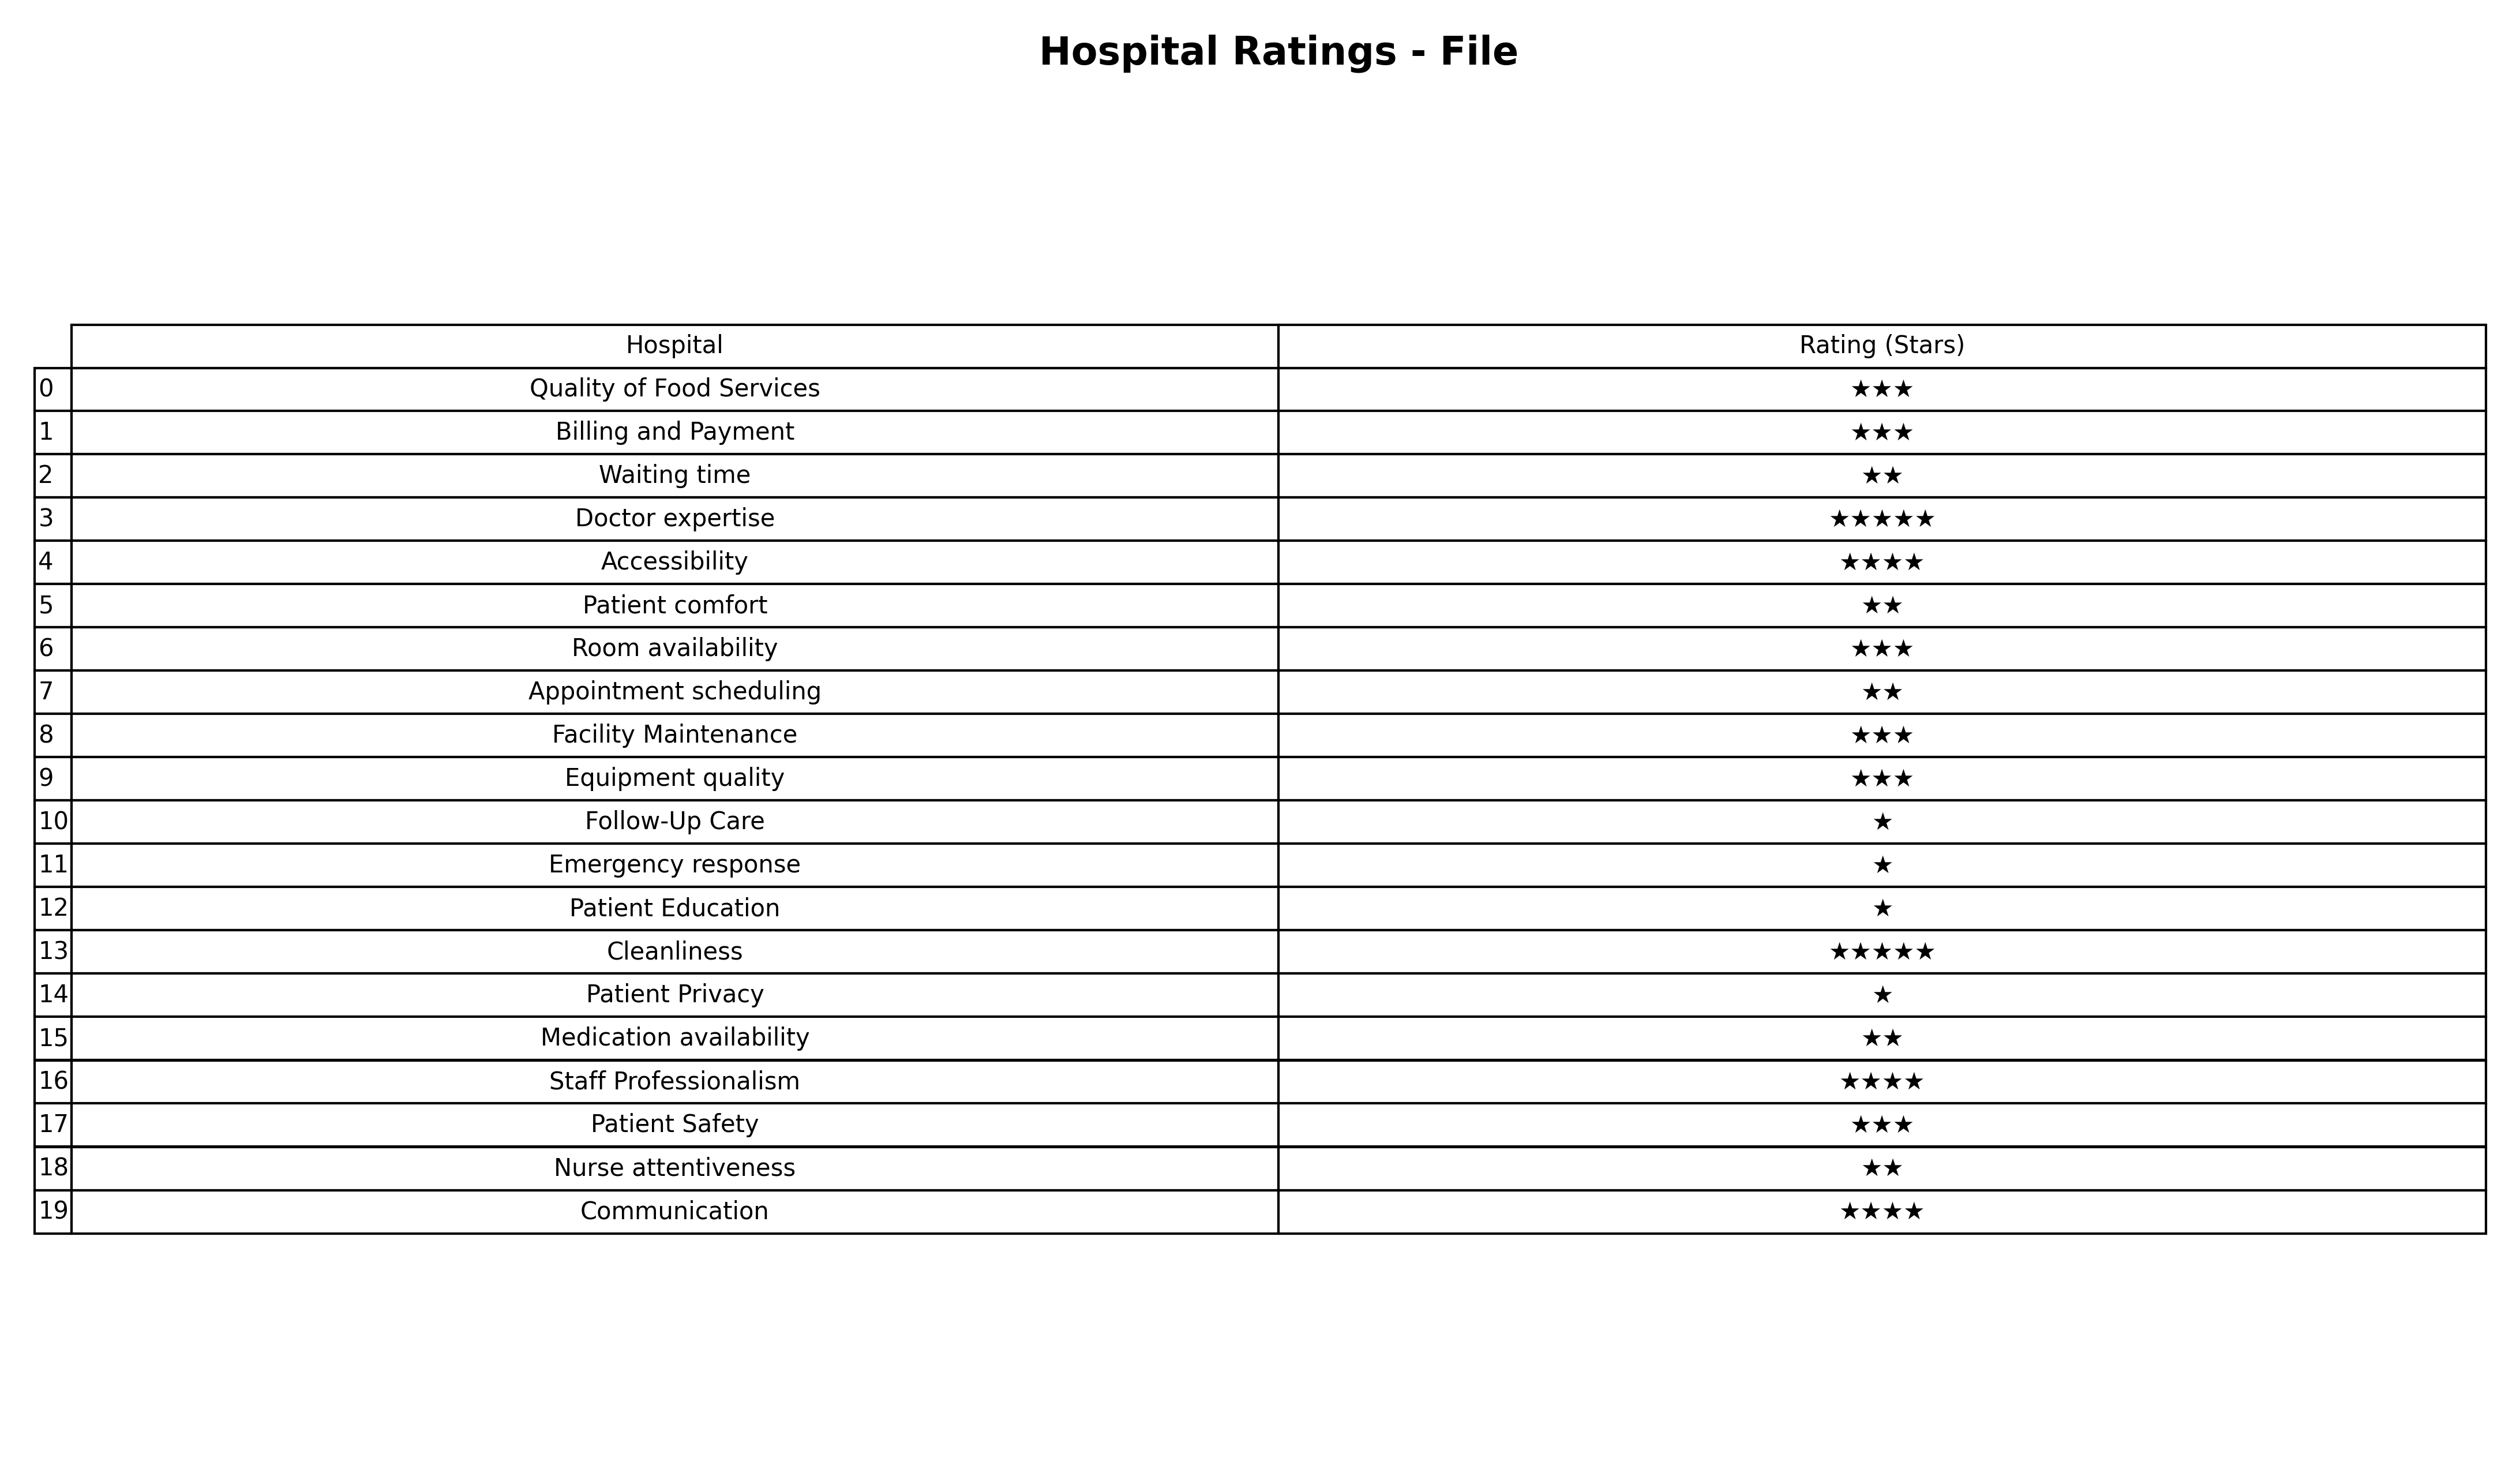
question: What are three star services?
answer: Quality of Food ServicesBilling and PaymentRoom availabilityFacility MaintenanceEquipment qualityPatient Safety